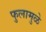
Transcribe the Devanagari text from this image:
फुलामुळे